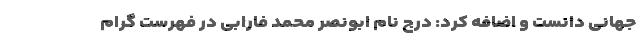
جهانی دانست و اضافه کرد: درج نام ابونصر محمد فارابی در فهرست گرام